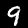
Digit: 9